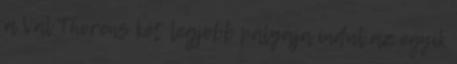
a Val Thorens két legjobb pályája indul az egyik